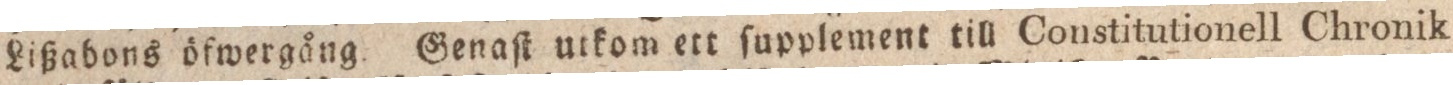
Lißabons öfwergång. Genaſt utkom ett ſupplement till Constitutionell Chronik